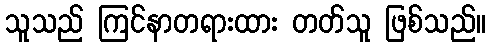
သူသည် ကြင်နာတရားထား တတ်သူ ဖြစ်သည်။